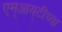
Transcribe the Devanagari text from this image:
एम्‌आय्‌टीच्या